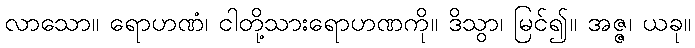
လာသော။ ရောဟဏံ၊ ငါတို့သားရောဟဏကို။ ဒိသွာ၊ မြင်၍။ အဇ္ဇ၊ ယခု။